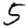
Digit: 5